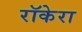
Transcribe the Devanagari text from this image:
रॉकेरा